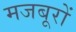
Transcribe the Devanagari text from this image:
मजबूरों